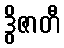
ဒွိဇာတီ